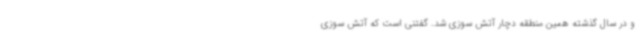
و در سال گذشته همین منطقه دچار آتش سوزی شد. گفتنی است که آتش سوزی